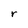
Character: r